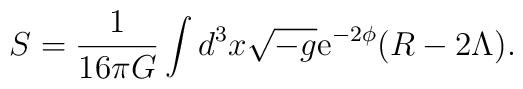
S = \frac{1}{16\pi G}\int d^3x \sqrt{-g} {\rm{e}}^{-2\phi}(R-2\Lambda).